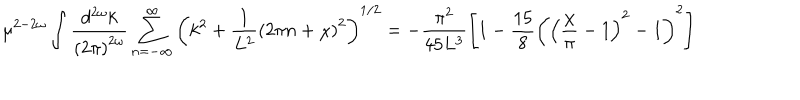
\mu ^ { 2 - 2 \omega } \int \frac { d ^ { 2 \omega } k } { \left( 2 \pi \right) ^ { 2 \omega } } \sum _ { n = - \infty } ^ { \infty } \left( k ^ { 2 } + \frac { 1 } { L ^ { 2 } } \left( 2 \pi n + \chi \right) ^ { 2 } \right) ^ { 1 / 2 } = - \frac { \pi ^ { 2 } } { 4 5 L ^ { 3 } } \left[ 1 - \frac { 1 5 } { 8 } \left( \left( \frac { \chi } { \pi } - 1 \right) ^ { 2 } - 1 \right) ^ { 2 } \right]